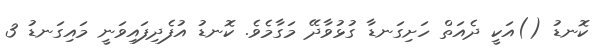
ކޮނޑު ()އަކީ ދެއަތް ހަށިގަނޑާ ގުޅުވާދޭ މަގާމެވެ. ކޮނޑު އުފެދިފައިވަނީ މައިގަނޑު 3